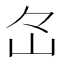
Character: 𡵁